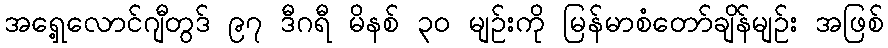
အရှေ့လောင်ဂျီတွဒ် ၉၇ ဒီဂရီ မိနစ် ၃၀ မျဉ်းကို မြန်မာစံတော်ချိန်မျဉ်း အဖြစ်